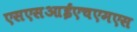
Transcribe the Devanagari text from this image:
एसएसआईएचएमएस